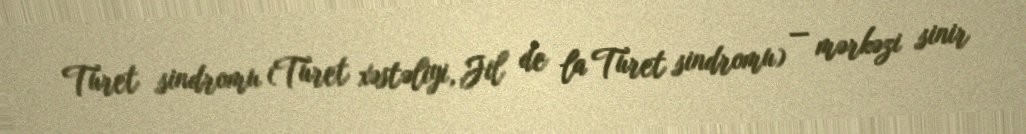
Turet sindromu (Turet xəstəliyi, Jil de la Turet sindromu) — mərkəzi sinir